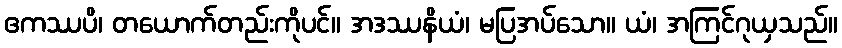
ဧကဿပိ၊ တယောက်တည်းကိုပင်။ အဒဿနိယံ၊ မပြအပ်သော။ ယံ၊ အကြင်ဂုယှသည်။